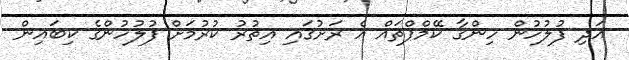
އަދި ފުލުހުން ހިންގާ ކޭމްޕްތައް އެ ރަށުގައި އިތުރު ކުރުމަށް ފުލުހުންގެ ކިބައިން